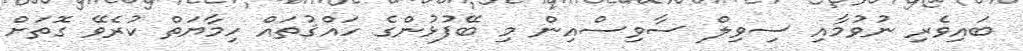
ބައިވެރި ނުވުމާއި ސިވިލް ސާވިސްއިން މި ބޭފުޅުންގެ ހައްޤުތައް ހިމާޔަތް ކުރެވޭ ގޮތަށް